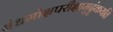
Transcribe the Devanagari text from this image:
बंधमोक्षपरीक्षामुदृंकयति